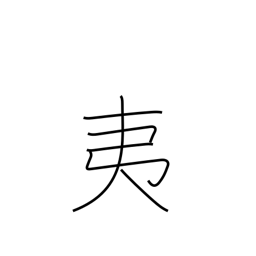
Meaning: barbarian